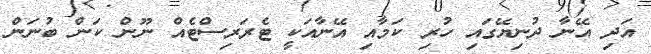
އަދި އޭނާ ދުނިޔޭގައި ހުރި ކަމާއި އޭނާއަކީ ޓެރަރިސްޓެއް ނޫން ކަން ބުނަން